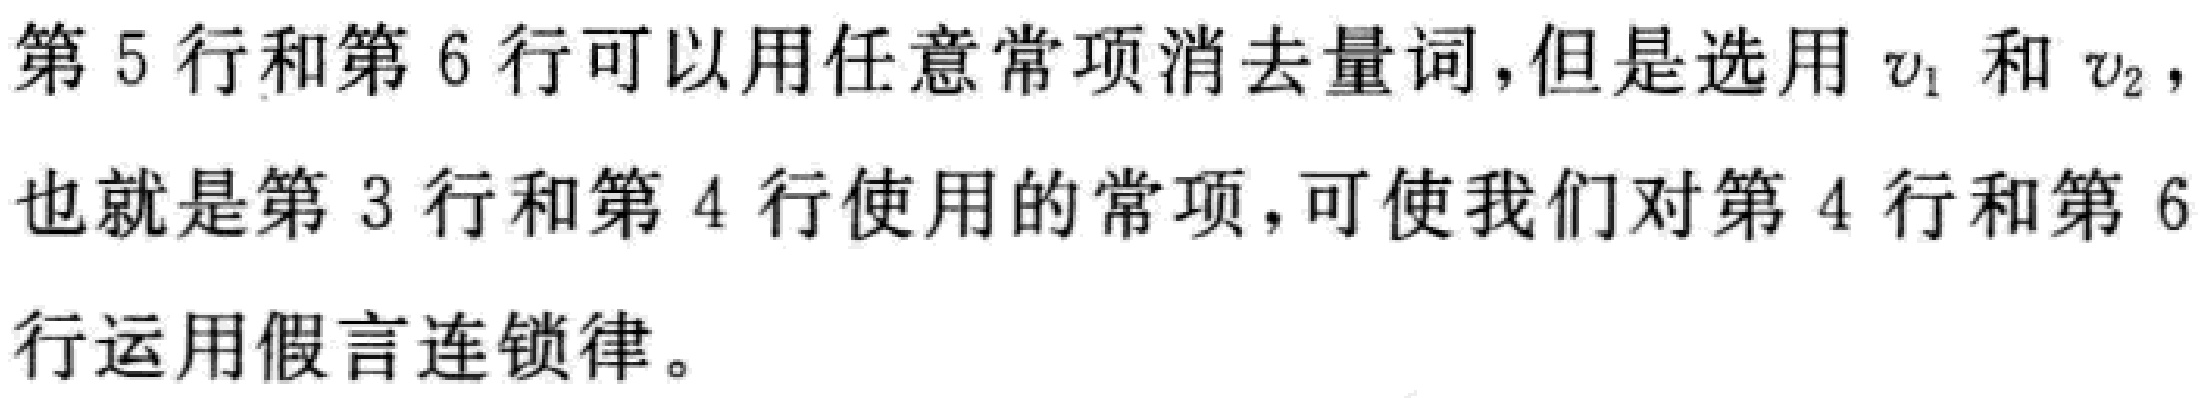
第 5 行和第 6 行可以用任意常项消去量词，但是选用 \(v_1\) 和 \(v_2\)，也就是第 3 行和第 4 行使用的常项，可使我们对第 4 行和第 6 行运用假言连锁律。